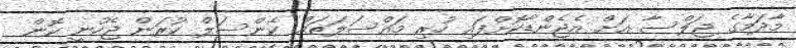
މާދަމާގެ ޖަލްސާ އަށް އެޖެންޑާކޮށްފައި ހުރި މައްސަލަތައް ކެންސަލް ކުރަން ޖެހުނީ ކޮން